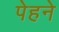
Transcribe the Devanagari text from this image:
पेहने